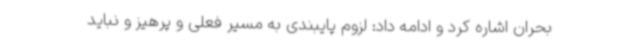
بحران اشاره کرد و ادامه داد: لزوم پایبندی به مسیر فعلی و پرهیز و نباید